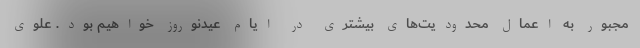
مجبور به اعمال محدودیت‌های بیشتری در ایام عیدنوروز خواهیم بود. علوی